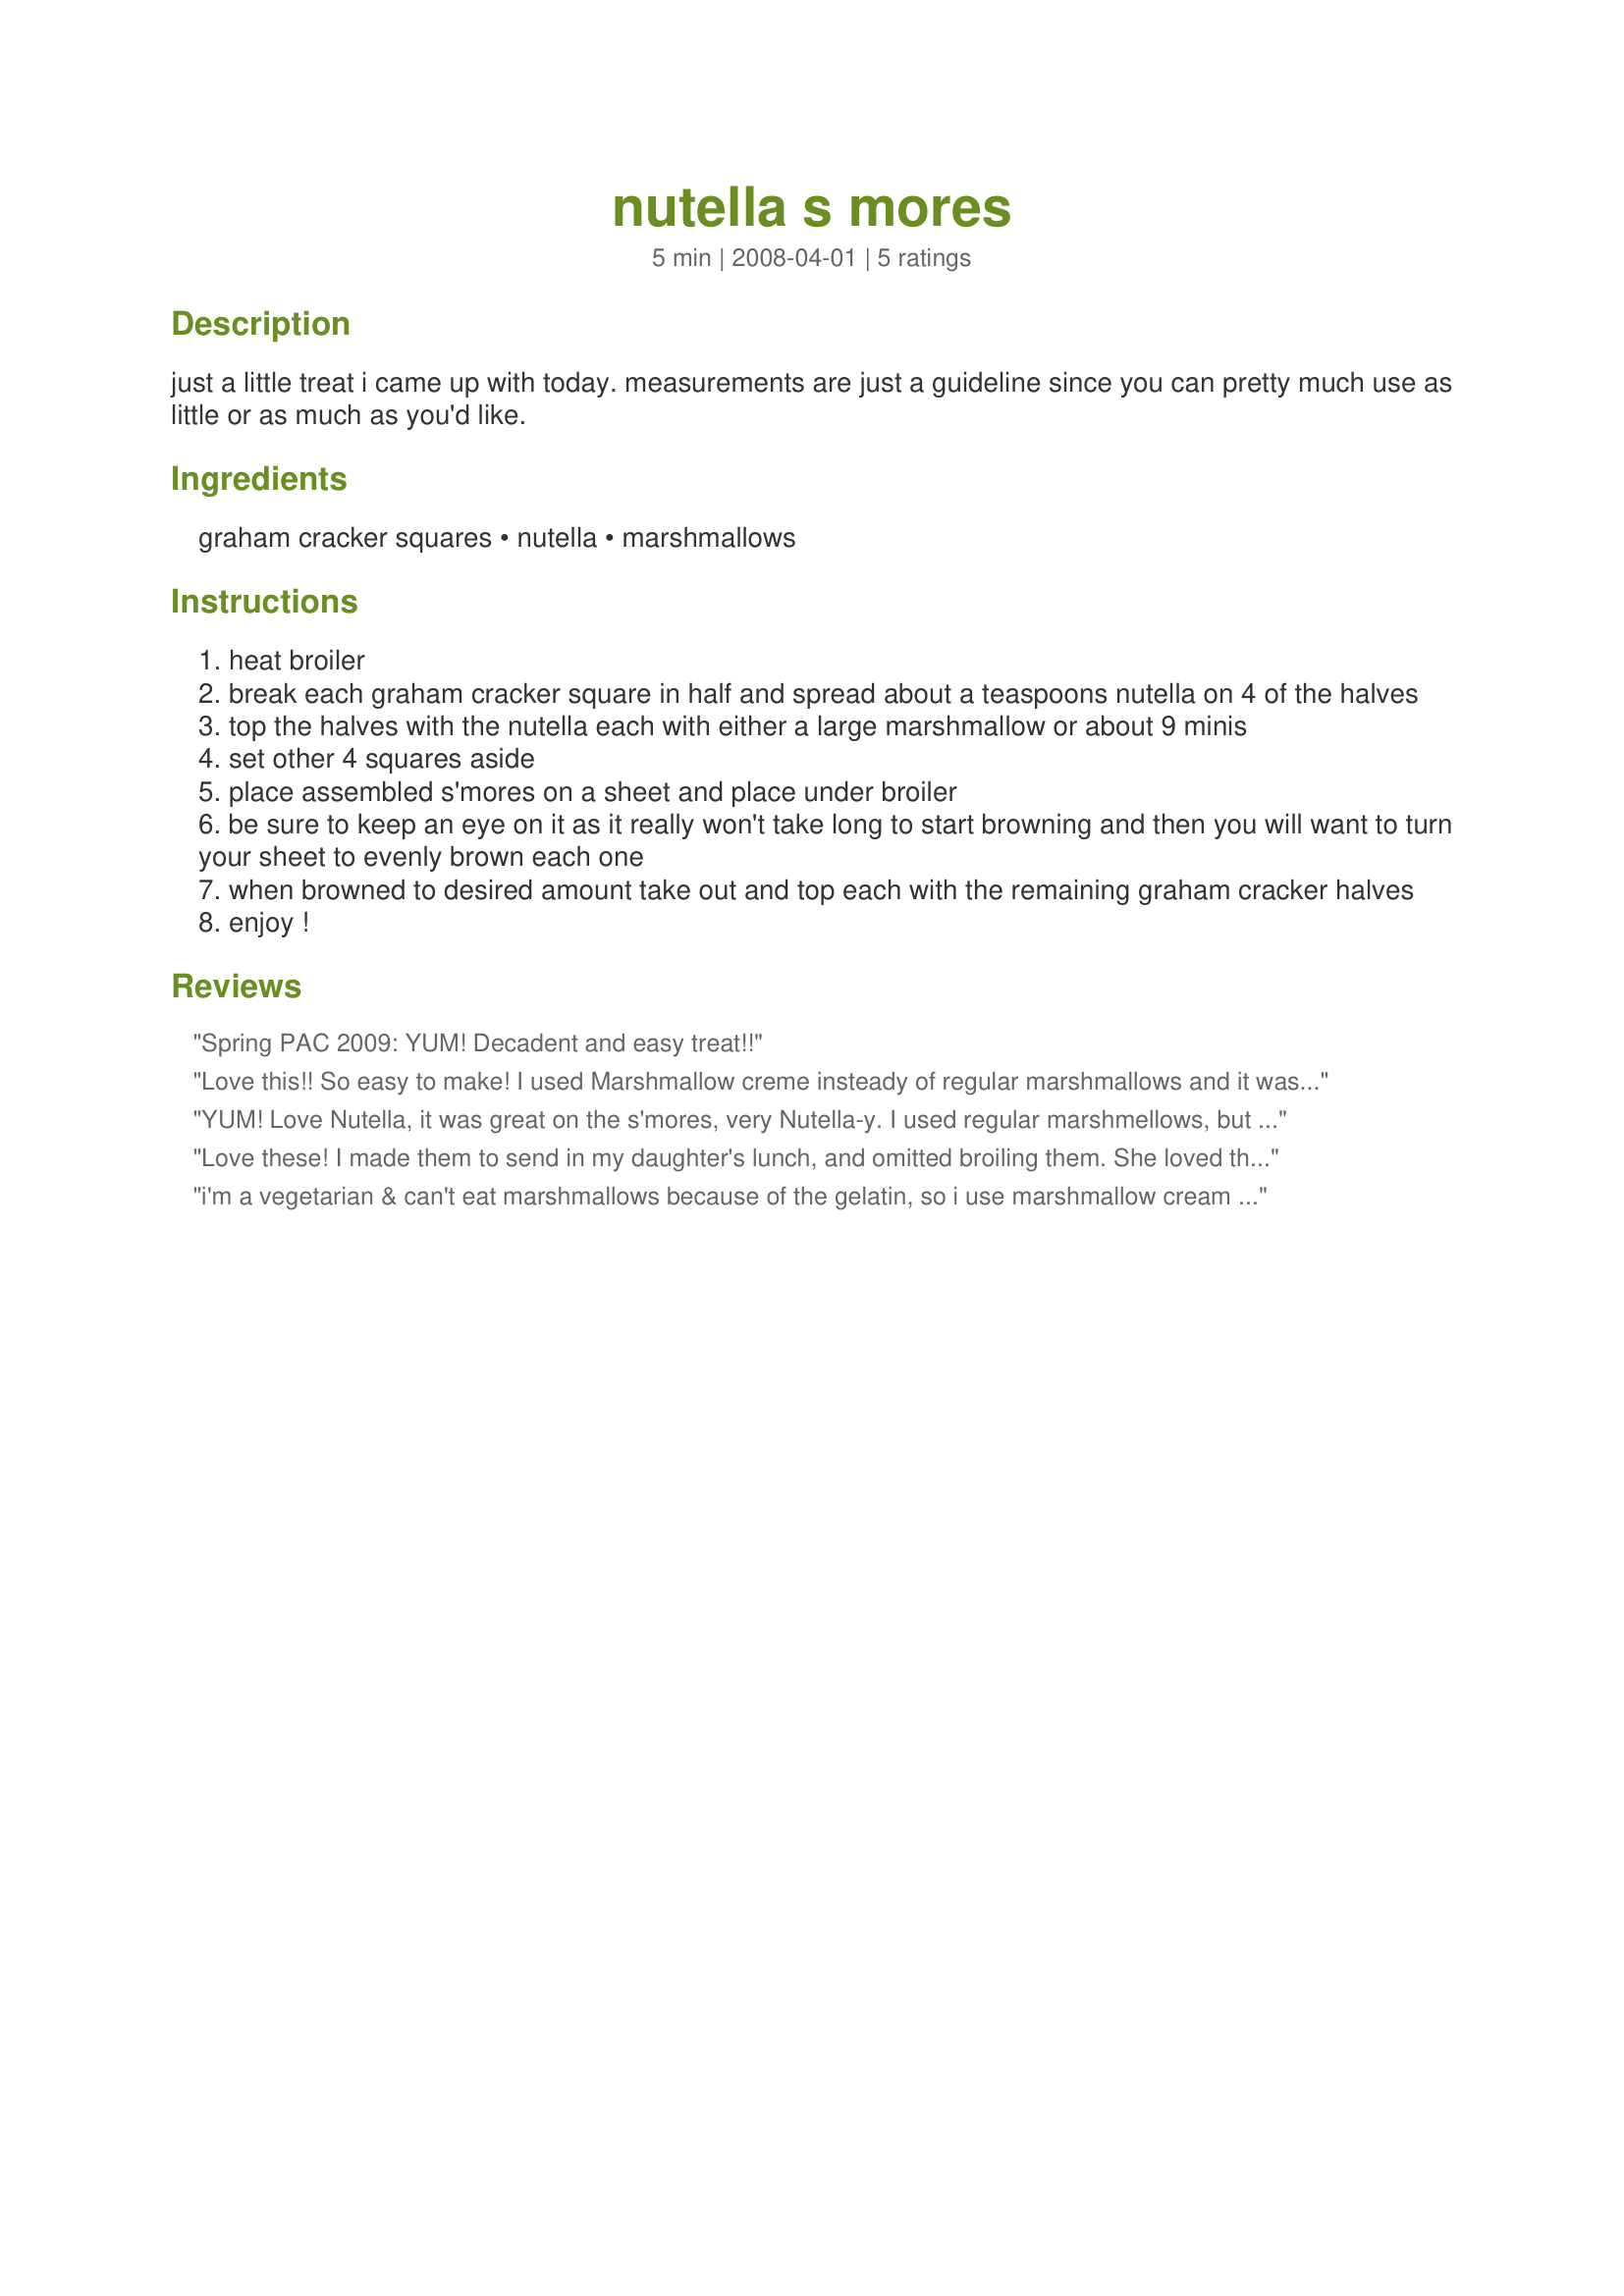
nutella s mores
Preparation time: 5 minutes

just a little treat i came up with today. measurements are just a guideline since you can pretty much use as little or as much as you'd like.

Ingredients:
graham cracker squares, nutella, marshmallows

Steps:
heat broiler
break each graham cracker square in half and spread about a teaspoons nutella on 4 of the halves
top the halves with the nutella each with either a large marshmallow or about 9 minis
set other 4 squares aside
place assembled s'mores on a sheet and place under broiler
be sure to keep an eye on it as it really won't take long to start browning and then you will want to turn your sheet to evenly brown each one
when browned to desired amount take out and top each with the remaining graham cracker halves
enjoy !

Reviews:
Spring PAC 2009: YUM! Decadent and easy treat!!
Love this!! So easy to make! I used Marshmallow creme insteady of regular marshmallows and it was wonderful!! Perfect to keep ingredient in the pantry for a quick treat!
YUM! Love Nutella, it was great on the s'mores, very Nutella-y. I used regular marshmellows, but I'll have to try them with the marshmellow creme.
Love these! I made them to send in my daughter's lunch, and omitted broiling them. She loved them. I tried them with both marshmallow creme and marshmallows, and she preferred the marshmallows. What a fun treat! Thank you!
i'm a vegetarian & can't eat marshmallows because of the gelatin, so i use marshmallow cream instead. it's a great shortcut to use, & there's no cooking time involved. they come out AWESOME.
